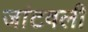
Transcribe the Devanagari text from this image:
जांटवली